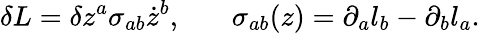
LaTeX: \delta L=\delta z^{a}\sigma_{ab}\dot{z}^{b},\ \ \ \ \ \ \ \sigma_{ab}(z)=\partial_{a}l_{b}-\partial_{b}l_{a}.